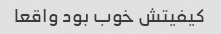
کیفیتش خوب بود واقعا